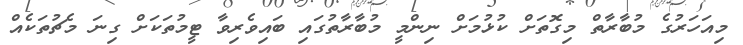
މިއަހަރުގެ މުބާރާތް މިގޮތަށް ކުޅުމަށް ނިންމީ މުބާރާތުގައި ބައިވެރިވާ ޓީމުތަކަށް ގިނަ މެޗުތަކެއް